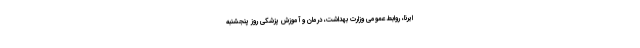
ایرنا، روابط عمومی وزارت بهداشت، درمان و آموزش پزشکی روز پنجشنبه